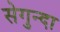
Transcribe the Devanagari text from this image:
सेगुन्दा